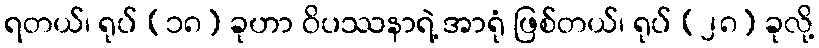
ရတယ်၊ ရုပ် (၁၈) ခုဟာ ဝိပဿနာရဲ့ အာရုံ ဖြစ်တယ်၊ ရုပ် (၂၈) ခုလို့